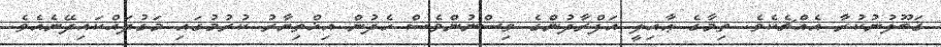
ޤަބޫލުނުކުރާ އެއްޗެކެވެ. ތިމާގެ ޢާއިލީ އަފްރާދުންގެ ވިސްނުންވެސް ހެދުން އިޚްތިޔާރު ކުރުމުގައި މަގުދައްކައިދޭނެއެވެ.